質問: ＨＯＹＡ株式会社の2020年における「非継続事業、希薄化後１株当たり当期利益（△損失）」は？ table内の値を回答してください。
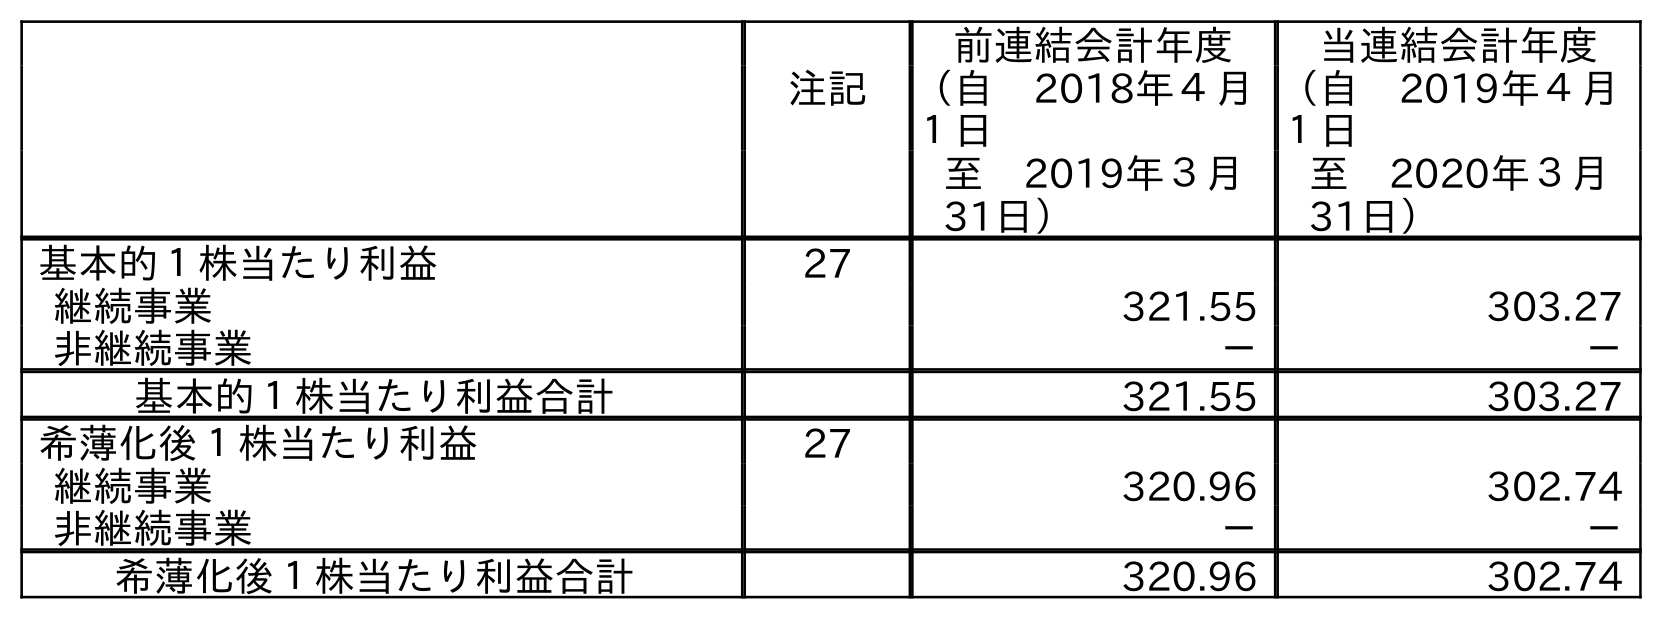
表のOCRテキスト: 前連結会計年度 当連結会計年度 注記 （自 2018年４月 １日 （自 2019年４月 １日 至 2019年３月 31日） 至 2020年３月 31日） 基本的１株当たり利益 27 継続事業 321.55 303.27 非継続事業 － － 基本的１株当たり利益合計 321.55 303.27 希薄化後１株当たり利益 27 継続事業 320.96 302.74 非継続事業 － － 希薄化後１株当たり利益合計 320.96 302.74
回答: －